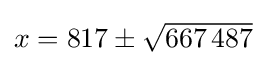
\textstyle x=817\pm {\sqrt {667\,487}}